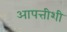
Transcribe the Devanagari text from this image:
आपत्तीशी